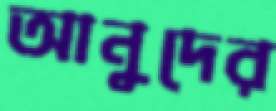
আনুদের